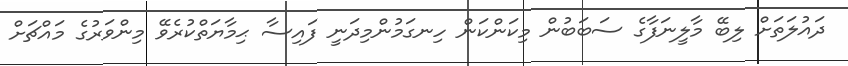
ދައުލަތަށް ލިބޭ މާލީނަފާގެ ސަބަބުން މިކަންކަން ހިނގަމުންމިދަނީ ފައިސާ ޙިމާޔަތްކުރެވޭ މިންވަރުގެ މައްޗަށް